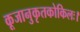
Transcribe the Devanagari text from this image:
कूजानुकृतकोकिलः।